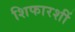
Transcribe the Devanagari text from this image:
शिफारशीं